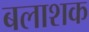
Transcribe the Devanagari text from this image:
बलाशक